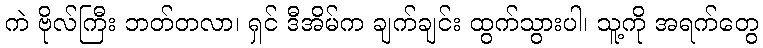
ကဲ ဗိုလ်ကြီး ဘတ်တလာ၊ ရှင် ဒီအိမ်က ချက်ချင်း ထွက်သွားပါ၊ သူ့ကို အရက်တွေ